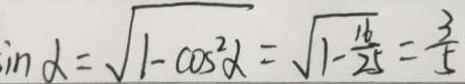
i n \alpha = \sqrt { 1 - \cos ^ { 2 } \alpha } = \sqrt { 1 - \frac { 1 6 } { 2 5 } } = \frac { 3 } { 5 }